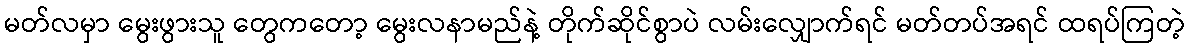
မတ်လမှာ မွေးဖွားသူ တွေကတော့ မွေးလနာမည်နဲ့ တိုက်ဆိုင်စွာပဲ လမ်းလျှောက်ရင် မတ်တပ်အရင် ထရပ်ကြတဲ့